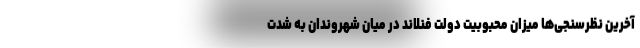
آخرین نظرسنجی‌ها میزان محبوبیت دولت فنلاند در میان شهروندان به شدت